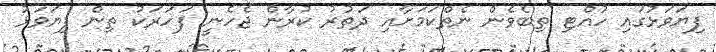
ފިޔަވަޅުގައި ހުއްޓި ތިބެވެން ނެތްކަމަށާއި ދަތުރު ކުރާން ޖެހެނީ ފަހަރަކު ތިން ފިޔަވަޅު